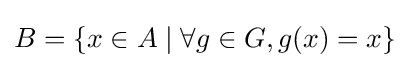
B=\{x\in A\mid \forall g\in G,g(x)=x\}